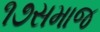
૧૭સમાજ